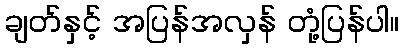
ချတ်နှင့် အပြန်အလှန် တုံ့ပြန်ပါ။